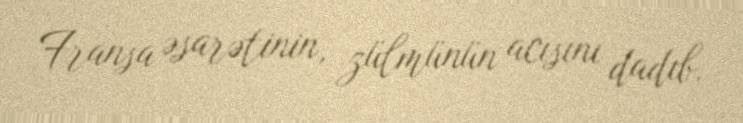
Fransa əsarətinin, zülmünün acısını dadıb.